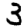
Digit: 3